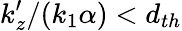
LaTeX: k_{z}^{\prime}/(k_{1}\alpha)<d_{th}